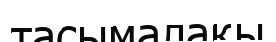
тасымалақы